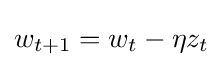
w_{t+1}=w_{t}-\eta z_{t}